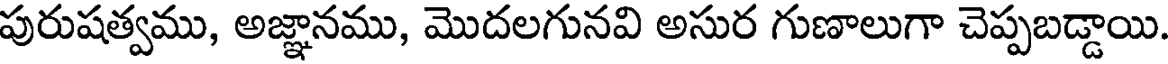
పురుషత్వము, అజ్ఞానము, మొదలగునవి అసుర గుణాలుగా చెప్పబడ్డాయి.